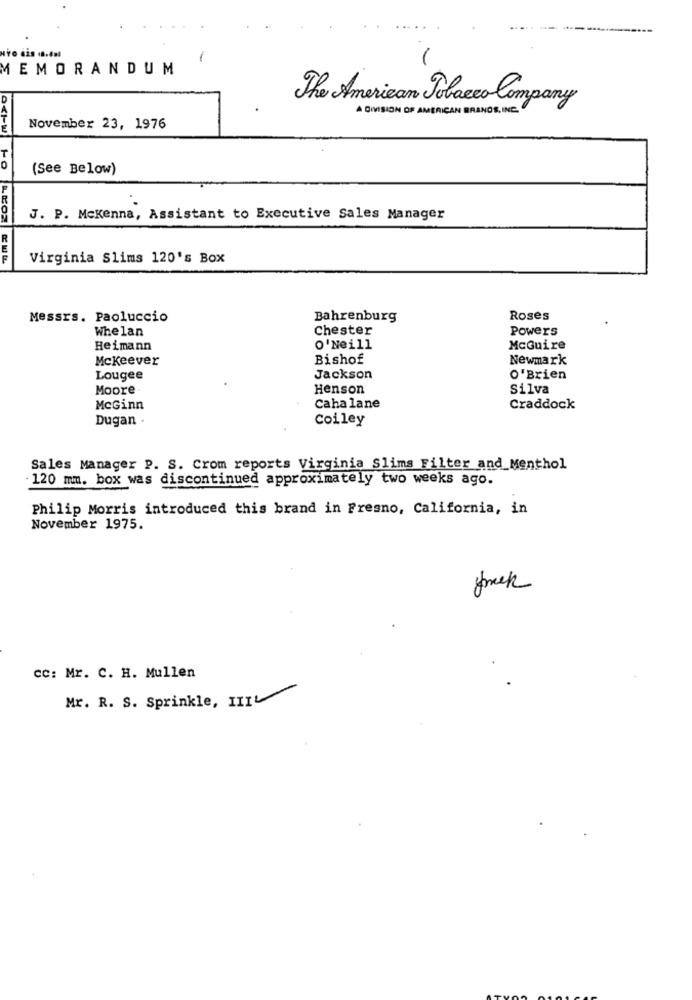
MEMORANDUM
D
The American Tobacco Company
A DIVISION OF AMERICAN BRANDS, INC.
November 23, 1976
0
(See Below)
J. P. Mckenna, Assistant to Executive Sales Manager
Virginia Slims 120's Box
Messrs. Paoluccio
Bahrenburg
Roses
Whe lan
Chester
Powers
Heimann
O'Neill
McGuire
Mckeever
Bishof
Newmark
Lougee
Jackson
O'Brien
Moore
Henson
Silva
McGinn
Caha lane
Craddock
Dugan ·
Coiley
Sales Manager P. S. Crom reports Virginia Slims Filter and Menthol
120 mm. box was discontinued approximately two weeks ago.
Philip Morris introduced this brand in Fresno, California, in
November 1975.
freek
cc: Mr. C. H. Mullen
Mr. R. S. Sprinkle, III